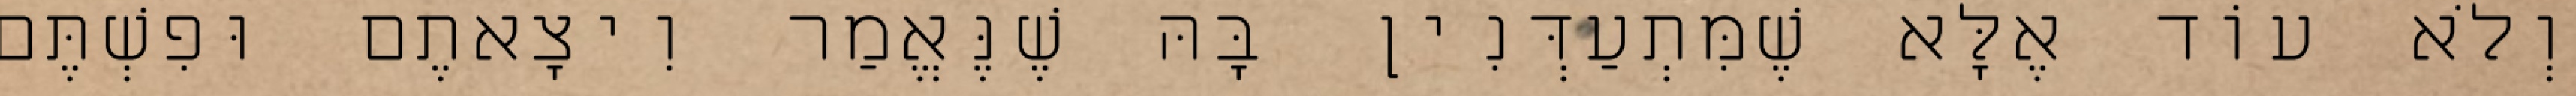
וְלֹא עוֹד אֶלָּא שֶׁמִּתְעַדְּנִין בָּהּ שֶׁנֶּאֱמַר וִיצָאתֶם וּפִשְׁתֶּם